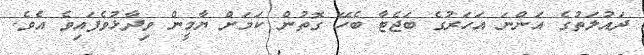
ދައުލަތުގެ އަންނަ އަހަރުގެ ބަޖެޓާ ބެހޭ ގޮތުން ކަމަށް ޔާމީން ވިދާޅުވެފައިވެ އެވެ.